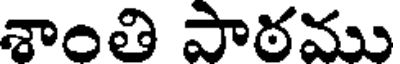
శాంతి పాఠము